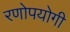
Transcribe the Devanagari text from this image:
रणोपयोगी